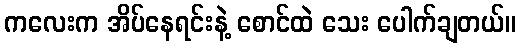
ကလေးက အိပ်နေရင်းနဲ့ စောင်ထဲ သေး ပေါက်ချတယ်။